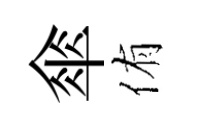
傘侑